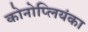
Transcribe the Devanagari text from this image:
कोनोप्लियंका